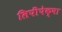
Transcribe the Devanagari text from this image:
लिपींपेक्षा